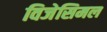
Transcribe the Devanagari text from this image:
विजेसिमल